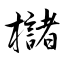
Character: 櫧